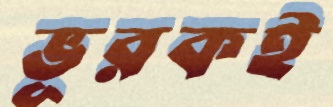
ভূরকই